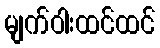
မျက်ဝါးထင်ထင်